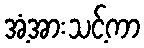
အံ့အားသင့်ကာ